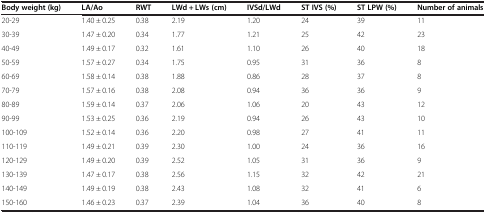
| Body weight (kg) | LA/Ao | RWT | LWd + LWs (cm) | IVSd/LWd | ST IVS (%) | ST LPW (%) | Number of animals |
 | --- | --- | --- | --- | --- | --- | --- | --- |
 | 20-29 | 1.40 ± 0.25 | 0.38 | 2.19 | 1.20 | 24 | 39 | 11 |
 | 30-39 | 1.47 ± 0.20 | 0.34 | 1.77 | 1.21 | 25 | 42 | 23 |
 | 40-49 | 1.49 ± 0.17 | 0.32 | 1.61 | 1.10 | 26 | 40 | 18 |
 | 50-59 | 1.57 ± 0.27 | 0.34 | 1.75 | 0.95 | 31 | 36 | 8 |
 | 60-69 | 1.58 ± 0.14 | 0.38 | 1.88 | 0.86 | 28 | 37 | 8 |
 | 70-79 | 1.57 ± 0.16 | 0.38 | 2.08 | 0.94 | 36 | 36 | 9 |
 | 80-89 | 1.59 ± 0.14 | 0.37 | 2.06 | 1.06 | 20 | 43 | 12 |
 | 90-99 | 1.53 ± 0.25 | 0.36 | 2.19 | 0.94 | 26 | 43 | 10 |
 | 100-109 | 1.52 ± 0.14 | 0.36 | 2.20 | 0.98 | 27 | 41 | 11 |
 | 110-119 | 1.49 ± 0.21 | 0.39 | 2.30 | 1.00 | 24 | 36 | 16 |
 | 120-129 | 1.49 ± 0.20 | 0.39 | 2.52 | 1.05 | 31 | 36 | 9 |
 | 130-139 | 1.47 ± 0.17 | 0.38 | 2.56 | 1.15 | 32 | 42 | 21 |
 | 140-149 | 1.49 ± 0.19 | 0.38 | 2.43 | 1.08 | 32 | 41 | 6 |
 | 150-160 | 1.46 ± 0.23 | 0.37 | 2.39 | 1.04 | 36 | 40 | 8 |